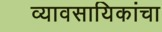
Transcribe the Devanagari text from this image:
व्यावसायिकांचा